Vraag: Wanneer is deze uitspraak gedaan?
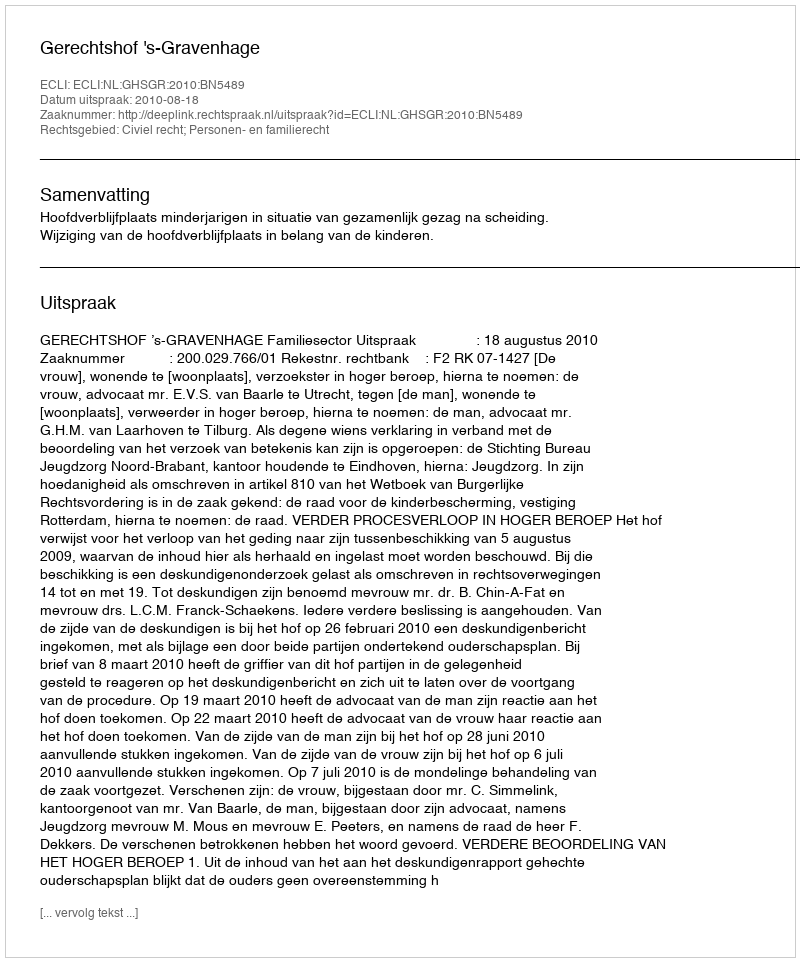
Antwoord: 2010-08-18